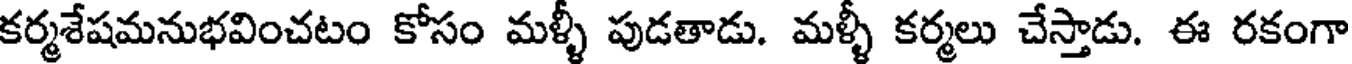
కర్మశేషమనుభవించటం కోసం మళ్ళీ పుడతాడు. మళ్ళీ కర్మలు చేస్తాడు. ఈ రకంగా